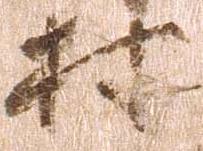
村